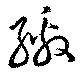
繳